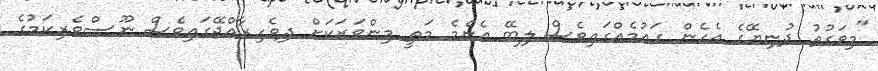
"މިވަގުތު ދުނިޔޭގެ އެހެން ގައުމެއްގައިވެސް ލިބޭ އެންމެ މަތީ މިންވަރަކަށް ދިވެހިރާއްޖޭގައިވެސް ނޫސްވެރިކަމުގެ